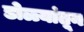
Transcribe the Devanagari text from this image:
डोळ्यांतून